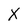
Character: X